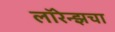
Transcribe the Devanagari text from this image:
लॉरेन्झचा